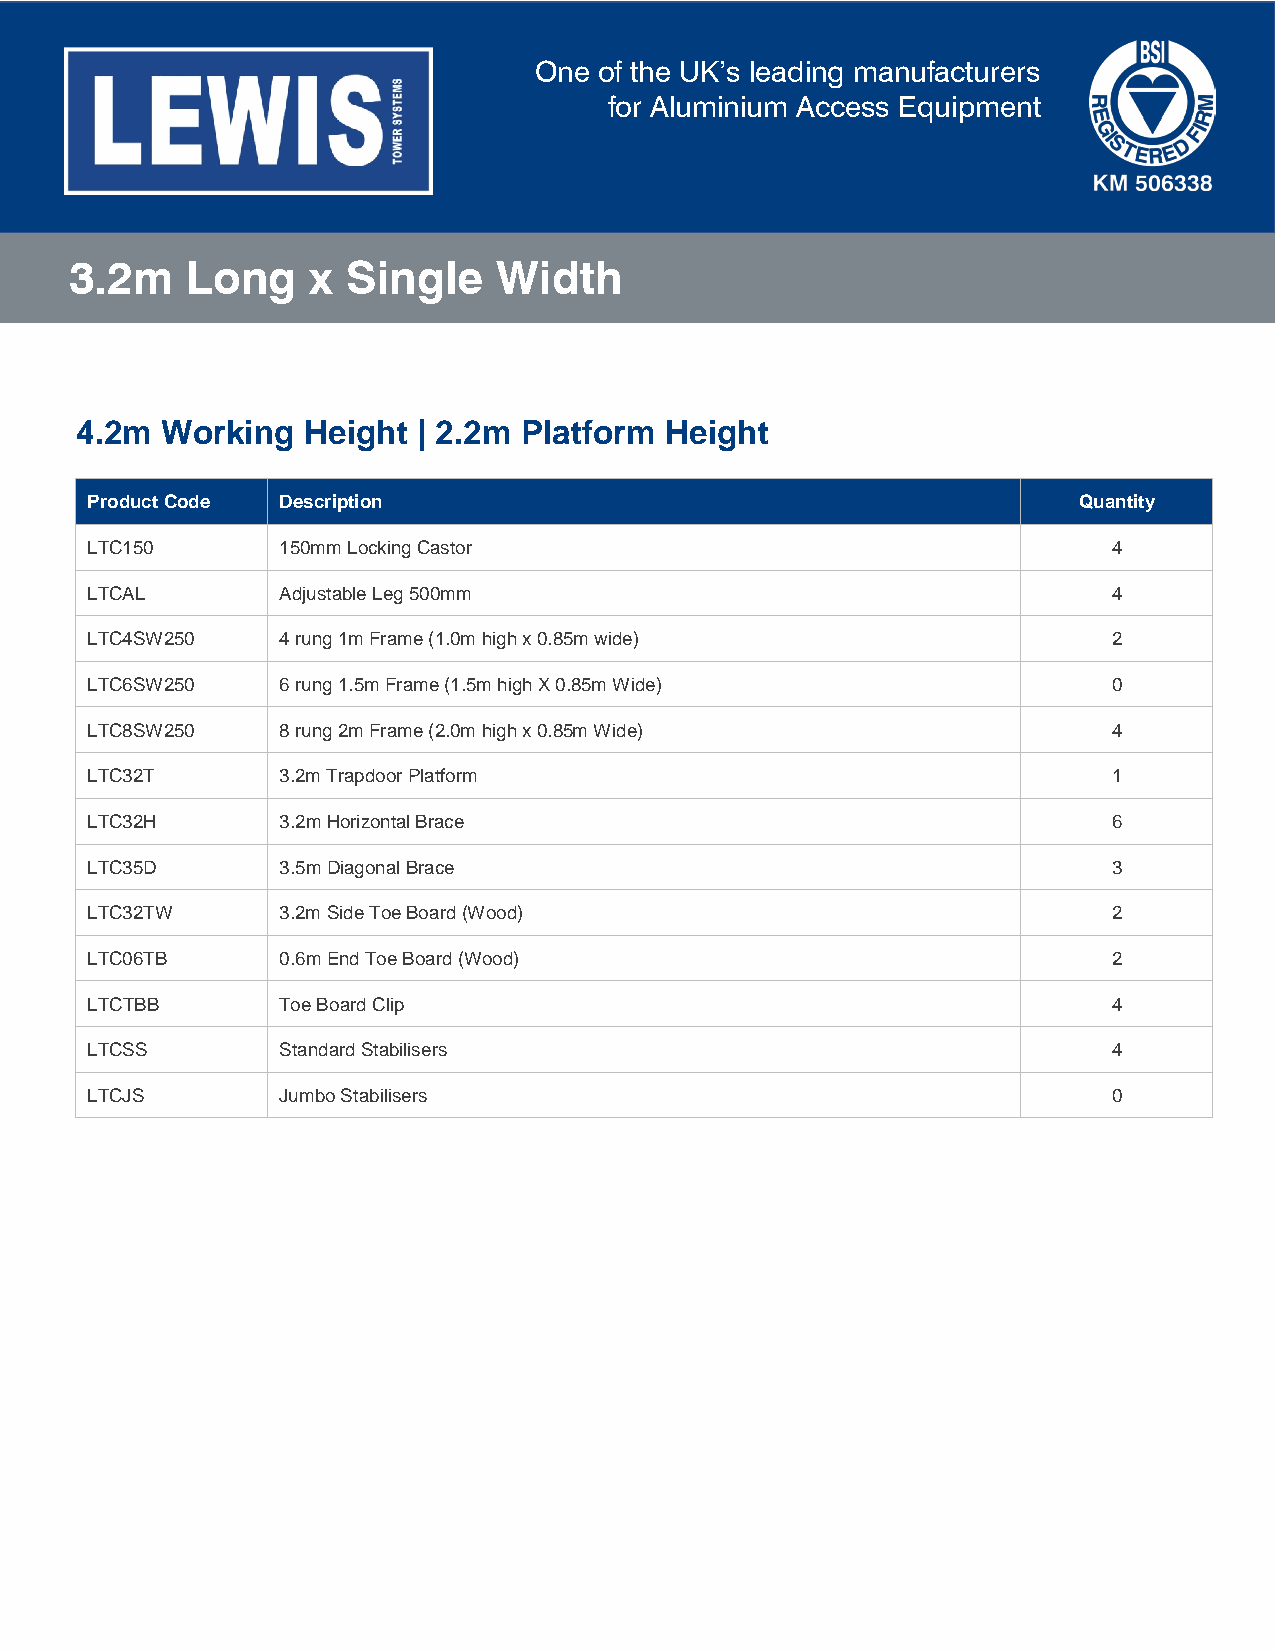
One  of the UK’s leading manufacturers
 for Aluminium Access Equipment
 3.2m   Long     x Single    Width
 4.2m  Working  Height  | 2.2m Platform Height
 Product Code Description                                         Quantity
 LTC150      150mm Locking Castor                                    4
 LTCAL       Adjustable Leg 500mm                                    4
 LTC4SW250   4 rung 1m Frame (1.0m high x 0.85m wide)                2
 LTC6SW250   6 rung 1.5m Frame (1.5m high X 0.85m Wide)              0
 LTC8SW250   8 rung 2m Frame (2.0m high x 0.85m Wide)                4
 LTC32T      3.2m Trapdoor Platform                                  1
 LTC32H      3.2m Horizontal Brace                                   6
 LTC35D      3.5m Diagonal Brace                                     3
 LTC32TW     3.2m Side Toe Board (Wood)                              2
 LTC06TB     0.6m End Toe Board (Wood)                               2
 LTCTBB      Toe Board Clip                                          4
 LTCSS       Standard Stabilisers                                    4
 LTCJS       Jumbo Stabilisers                                       0